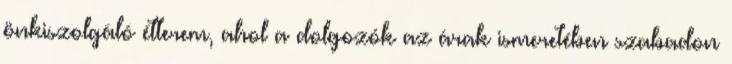
önkiszolgáló étterem, ahol a dolgozók az árak ismeretében szabadon